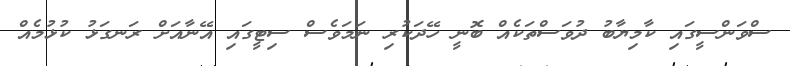
ސްވަންސީގައި ކާމިޔާބު ދުވަސްތަކެއް ބޮނީ ހޭދަކުރި ނަމަވެސް ސިޓީގައި އޭނާއަށް ރަނގަޅު ކުޅުމެއް